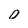
Character: 0